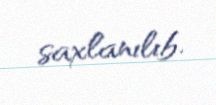
saxlanılıb.